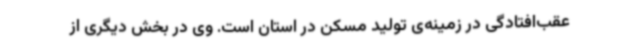
عقب‌افتادگی در زمینه‌ی تولید مسکن در استان است. وی در بخش دیگری از